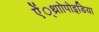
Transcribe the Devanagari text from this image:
ऐं्थ्राोपोइडिया